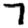
Digit: 7